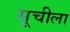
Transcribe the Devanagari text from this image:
सूचीला